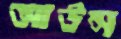
আউন্স